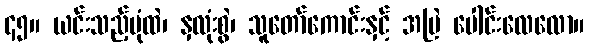
၄၅။ ယင်းသည့်ပုံထဲ၊ နှလုံးစွဲ၊ သူတော်ကောင်းနှင့် အမြဲ ပေါင်းလေလော။